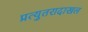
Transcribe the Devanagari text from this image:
प्रत्युतरादाखल